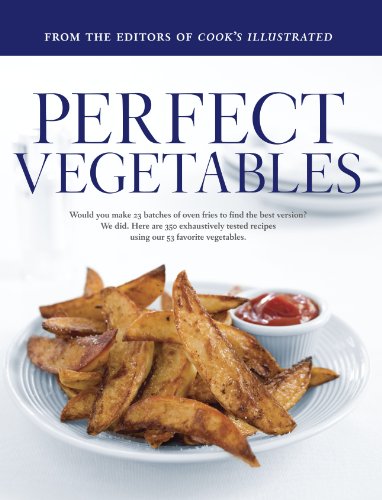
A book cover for Perfect Vegetables: Part of "The Best Recipe" Series; Editors of Cook's Illustrated Magazine; Cookbooks, Food & Wine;